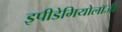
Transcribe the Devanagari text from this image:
इपीडेमियोलॉजी